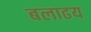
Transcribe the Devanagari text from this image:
बलाढय